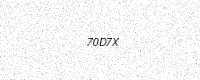
Text: 70D7X